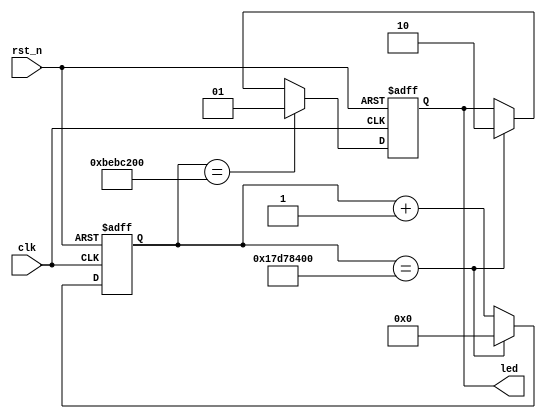
`timescale 1ns / 1ps
//////////////////////////////////////////////////////////////////////////////////
// Company: 
// Engineer: 
// 
// Design Name: 
// Module Name: led_top
// Project Name: 
// Target Devices: 
// Tool Versions: 
// Description: 
// 
// Dependencies: 
// 
// Revision:
// Revision 0.01 - File Created
// Additional Comments:
// 
//////////////////////////////////////////////////////////////////////////////////
module led_pr1(
    input clk,
    input rst_n,
    output [1:0]led
);
reg [1:0]led_o;
reg [31:0]cnt;

always@(posedge clk or negedge rst_n)begin
    if(!rst_n)begin
        cnt <= 32'd0;
    end
    else if(cnt == 32'd400_000_000)begin
        cnt <= 32'd0;
    end
    else begin
        cnt <= cnt + 32'd1;
    end
end

always@(posedge clk or negedge rst_n)begin
    if(!rst_n)begin
        led_o <= 2'b00;
    end
    else if(cnt == 32'd200_000_000)begin
        led_o <= 2'b01;
    end
    else if(cnt == 32'd400_000_000)begin
        led_o <= 2'b10;
    end
    else begin
        led_o <= led_o;
    end
end

assign led = led_o;

endmodule